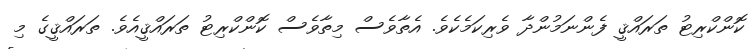
ކޮންކްރިޓު ތަރައްޤީ ފެންނަމުންދާ ވެރިކަމެކެވެ. އެތާވެސް މިތާވެސް ކޮންކްރިޓު ތަރައްޤީއެވެ. ތަރައްޤީގެ މި